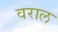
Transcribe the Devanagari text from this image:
वराल